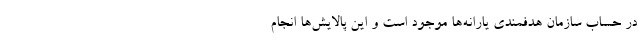
در حساب سازمان هدفمندی یارانه‌ها موجود است و این پالایش‌ها انجام